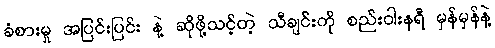
ခံစားမှု အပြင်းပြင်း နဲ့ ဆိုဖို့သင့်တဲ့ သီချင်းကို စည်းဝါးနရီ မှန်မှန်နဲ့